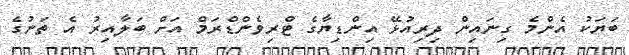
ބަޔަކު އެންމެ ގިނައިން ދިރިއުޅޭ އިންޑިޔާގެ ޓްރިވެންޑްރަމް އަށް ބަލާއިރު އެ ތަނުގެ